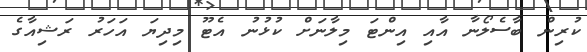
ކުރިން ބާސެލޯނާ އާއި އިންޓަ މިލާނަށް ކުޅުނު އެޓޫ މިދިޔަ އަހަރު ރަޝިއާގެ